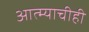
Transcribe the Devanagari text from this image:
आत्म्याचीही